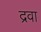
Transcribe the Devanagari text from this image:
द्रवा